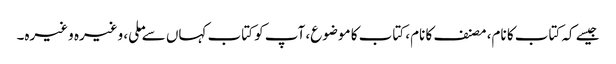
جیسے کہ کتاب کا نام، مصنف کا نام، کتاب کا موضوع، آپ کو کتاب کہاں سے ملی، وغیرہ وغیرہ۔